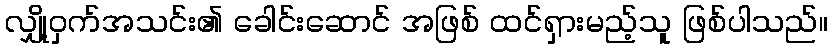
လျှို့ဝှက်အသင်း၏ ခေါင်းဆောင် အဖြစ် ထင်ရှားမည့်သူ ဖြစ်ပါသည်။